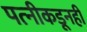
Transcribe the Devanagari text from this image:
पत्‍नीकडूनही